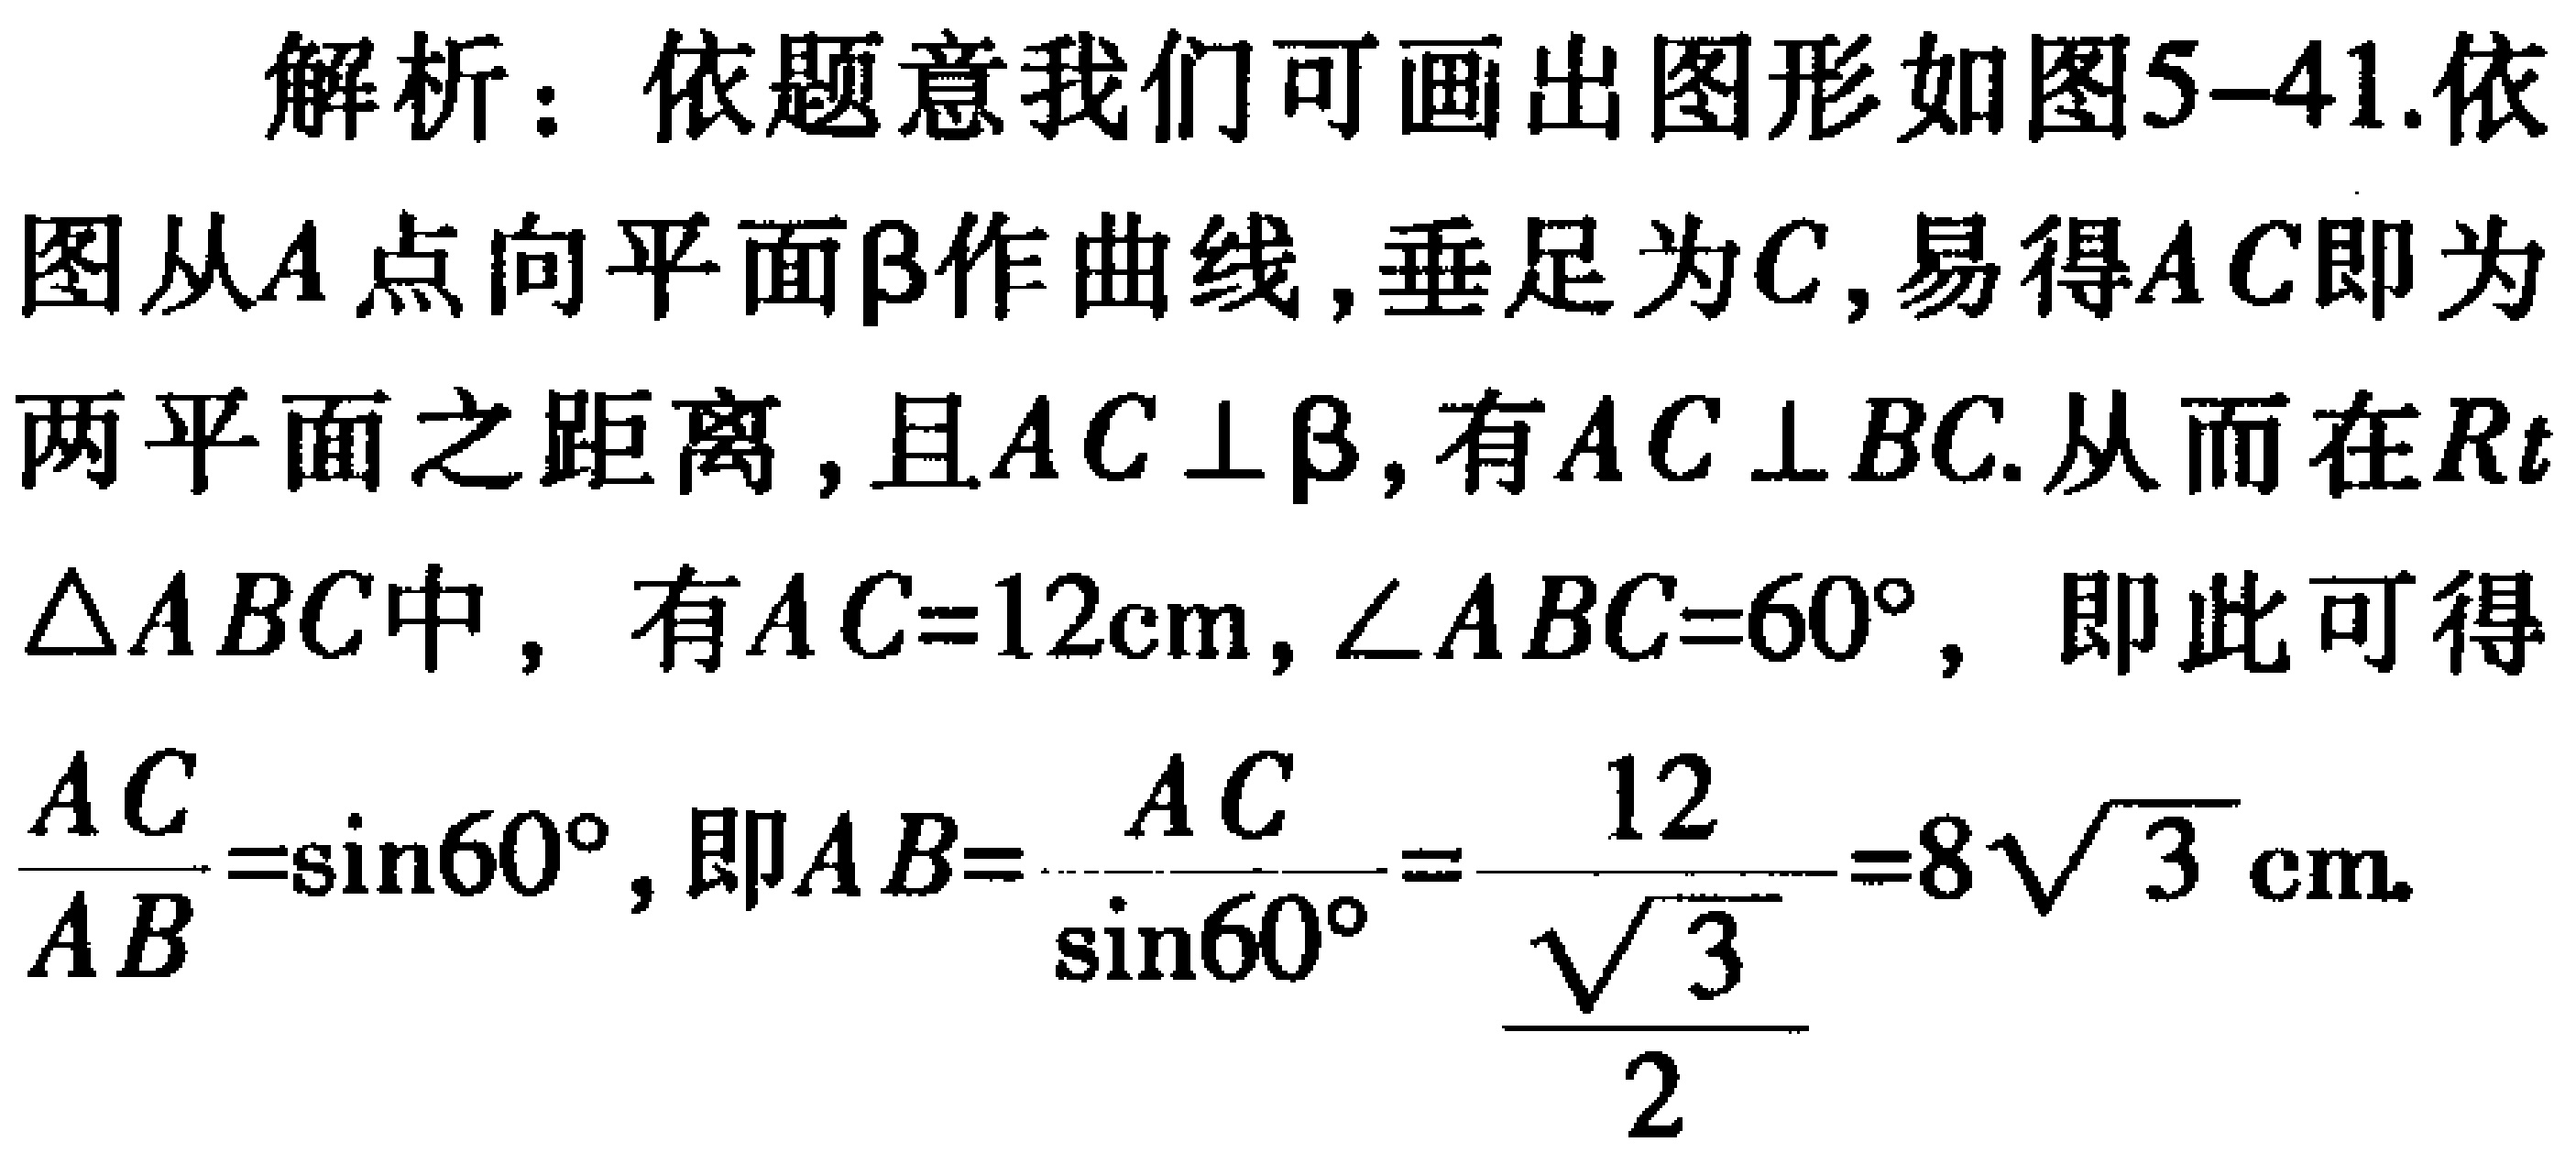
解析：依题意我们可画出图形如图5-41.依图从\(A\)点向平面\(\beta\)作曲线，垂足为\(C\)，易得\(AC\)即为两平面之距离，且\(AC\perp\beta\)，有\(AC\perp BC\). 从而在\(Rt\triangle ABC\)中，有\(AC = 12\text{cm}\)，\(\angle ABC = 60^{\circ}\)，即此可得\(\frac{AC}{AB}=\sin60^{\circ}\)，即\(AB=\frac{AC}{\sin60^{\circ}}=\frac{12}{\frac{\sqrt{3}}{2}} = 8\sqrt{3}\text{cm}\).